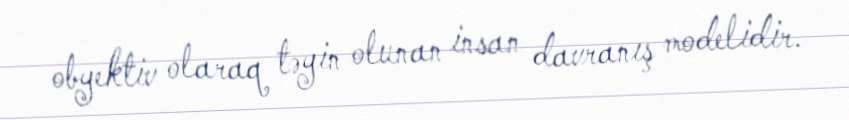
obyektiv olaraq təyin olunan insan davranış modelidir.